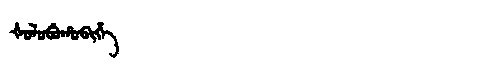
Manchu: ᡧᠣᠯᠣᠪᡠᡥᠣᠪᡳᡥᡝ
Romanization: ŠOLOBUHOBIHE